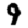
Digit: 9